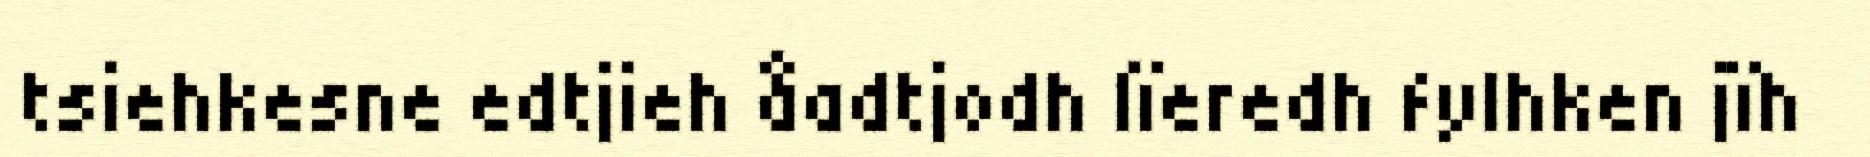
tsiehkesne edtjieh åadtjodh lïeredh fylhken jïh